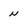
Character: n